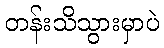
တန်းသိသွားမှာပဲ